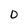
Character: 0